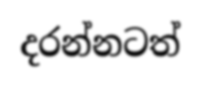
දරන්නටත්